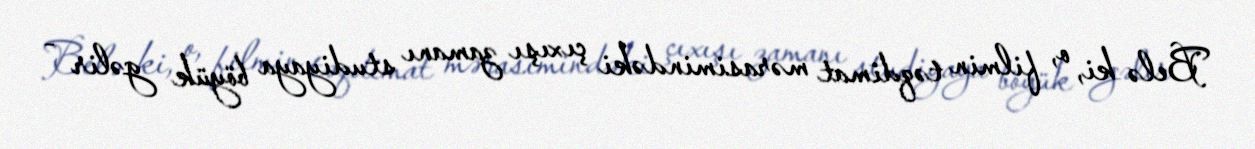
Belə ki, o, filmin təqdimat mərasimindəki çıxışı zamanı studiyaya böyük gəlir -